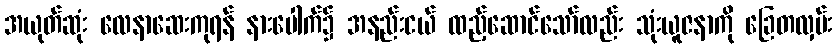
အယုတ်ဆုံး လေနာဆေးကုရန် နားပေါက်၌ အနည်းငယ် ထည့်ဆောင်သော်လည်း သုံးယူဇနာကို ခြေတလှမ်း